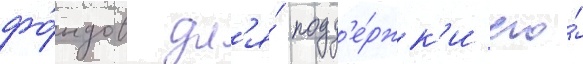
фо́ндов дл'я́ подд'е́ржк'и его́